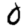
Digit: 0